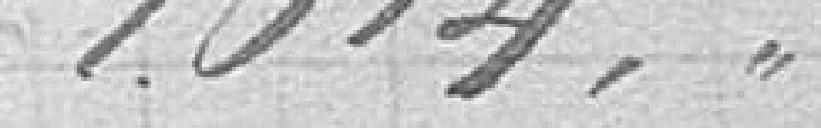
1.014 ,